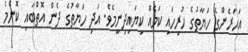
އަހަރެންގެ ހަޔާތުގެ ހުރިހައި ކަމެއް ކިޔައިދިނީމެވެ. އަދި ހަޔާތުގެ ދެން އޮތްބައި ކޮންމެ